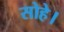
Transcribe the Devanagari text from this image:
सोहे।